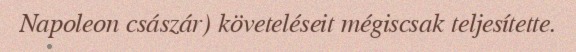
Napoleon császár) követeléseit mégiscsak teljesítette.